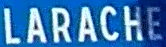
LARACHE